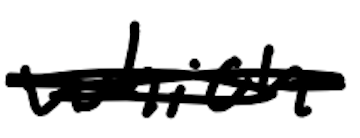
Text: which
Cross-out: scratch
Writing tool: digital_black